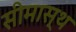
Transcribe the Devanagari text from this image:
सीमास्थ